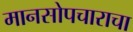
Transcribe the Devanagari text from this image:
मानसोपचाराचा